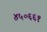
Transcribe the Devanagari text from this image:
४५०६६१